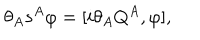
\theta _ { A } s ^ { A } \varphi = { [ i \theta _ { A } Q ^ { A } , \varphi ] } ,